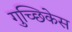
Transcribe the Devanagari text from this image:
गुच्छिकेस